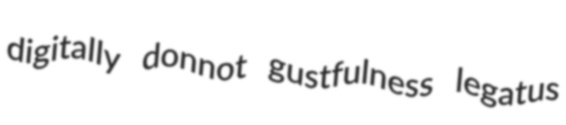
digitally donnot gustfulness legatus